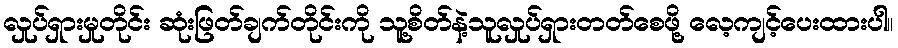
လှုပ်ရှားမှုတိုင်း ဆုံးဖြတ်ချက်တိုင်းကို သူ့စိတ်နဲ့သူလှုပ်ရှားတတ်စေဖို့ လေ့ကျင့်ပေးထားပါ။